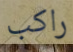
راكب